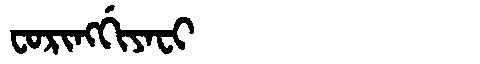
Manchu: ᠸᠣᡵᡳᠩᡤᡳᠶᠠᠸᡳ
Romanization: FORINGGIYAFI